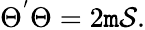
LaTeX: \Theta^{'}\Theta=2\mathtt{m}{\cal{S}}.